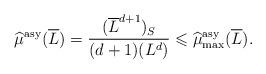
LaTeX: \begin{align*}\widehat{\mu}^{\mathrm{asy}}(\overline L) = \frac{(\overline L^{d+1})_S}{(d+1)(L^d)}\leqslant\widehat{\mu}_{\max}^{\mathrm{asy}}(\overline L).\end{align*}